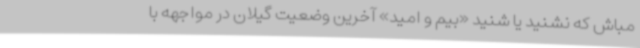
مباش که نشنید یا شنید «بیم و امید» آخرین وضعیت گیلان در مواجهه با